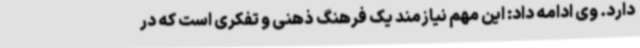
دارد. وی ادامه داد: این مهم نیازمند یک فرهنگ ذهنی و تفکری است که در